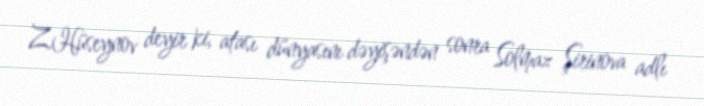
Z.Hüseynov deyir ki, atası dünyasını dəyişəndən sonra Solmaz Şirinova adlı